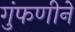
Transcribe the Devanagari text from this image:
गुंफणीने